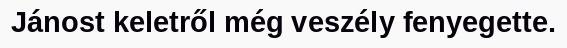
Jánost keletről még veszély fenyegette.